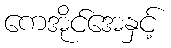
ကေအိုင်အေနှင့်